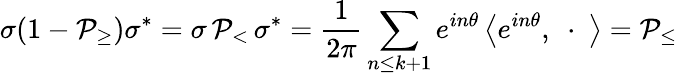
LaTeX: \sigma(1-{\cal P}_{\geq})\sigma^{*}=\sigma\, {\cal P}_{<}\, \sigma^{*}=\frac 1{2\pi}\sum_{n\leq k+1}e^{in\theta}\left\langle e^{in\theta},\ \cdot\ \right\rangle={\cal P}_{\leq}